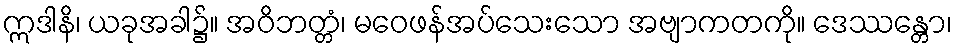
ဣဒါနိ၊ ယခုအခါ၌။ အဝိဘတ္တံ၊ မဝေဖန်အပ်သေးသော အဗျာကတကို။ ဒေဿန္တော၊